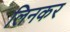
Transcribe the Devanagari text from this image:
लिनकर